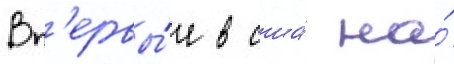
Вп'ервы́е в сша́ на́